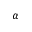
\boldsymbol { \alpha }